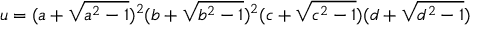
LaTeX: u = ( a + { \sqrt { a ^ { 2 } - 1 } } ) ^ { 2 } ( b + { \sqrt { b ^ { 2 } - 1 } } ) ^ { 2 } ( c + { \sqrt { c ^ { 2 } - 1 } } ) ( d + { \sqrt { d ^ { 2 } - 1 } } )